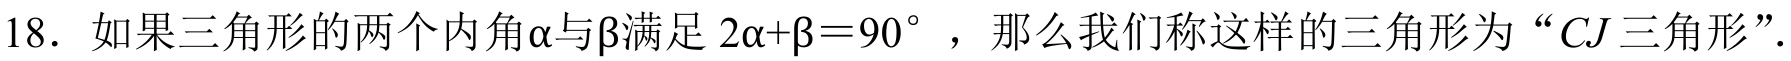
18. 如果三角形的两个内角\(\alpha\)与\(\beta\)满足 \(2\alpha+\beta = 90^{\circ}\)，那么我们称这样的三角形为 “\(CJ\)三角形”.